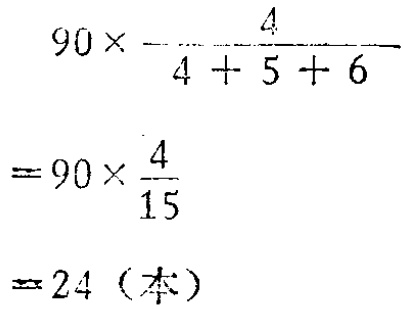
(1) \(A = \{全体正整数\}\) 和 \(B = \{全体非负整数\}\);

(2) \(A = \{x:x^{2}-5x + 6 = 0\}\) 和 \(B = \{2,3\}\);

(3) \(A = \{椭圆\}\) 和 \(B = \{圆\}\);

(4) \(A = \{12的质因数\}\) 和 \(B = \{1,2,3,4,6\}\);

(5) \(A = \{坐标平面上, 以原点为中心, 以 \(r(r\geq0)\) 为半径的圆上的所有的点\}\) 和 \(B = \{坐标适合于方程 \(x^{2}+y^{2}=r^{2}\) 的所有的点\};